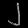
Digit: ၂